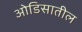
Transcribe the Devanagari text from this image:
ओडिसातील